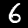
Label: 6